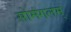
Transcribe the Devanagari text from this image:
सोमंगलम्